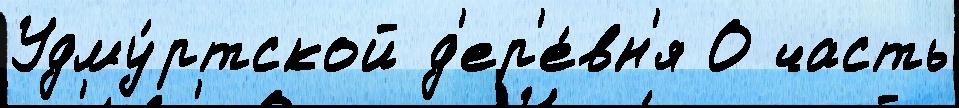
Удму́ртской д'ер'е́вн'я О часть